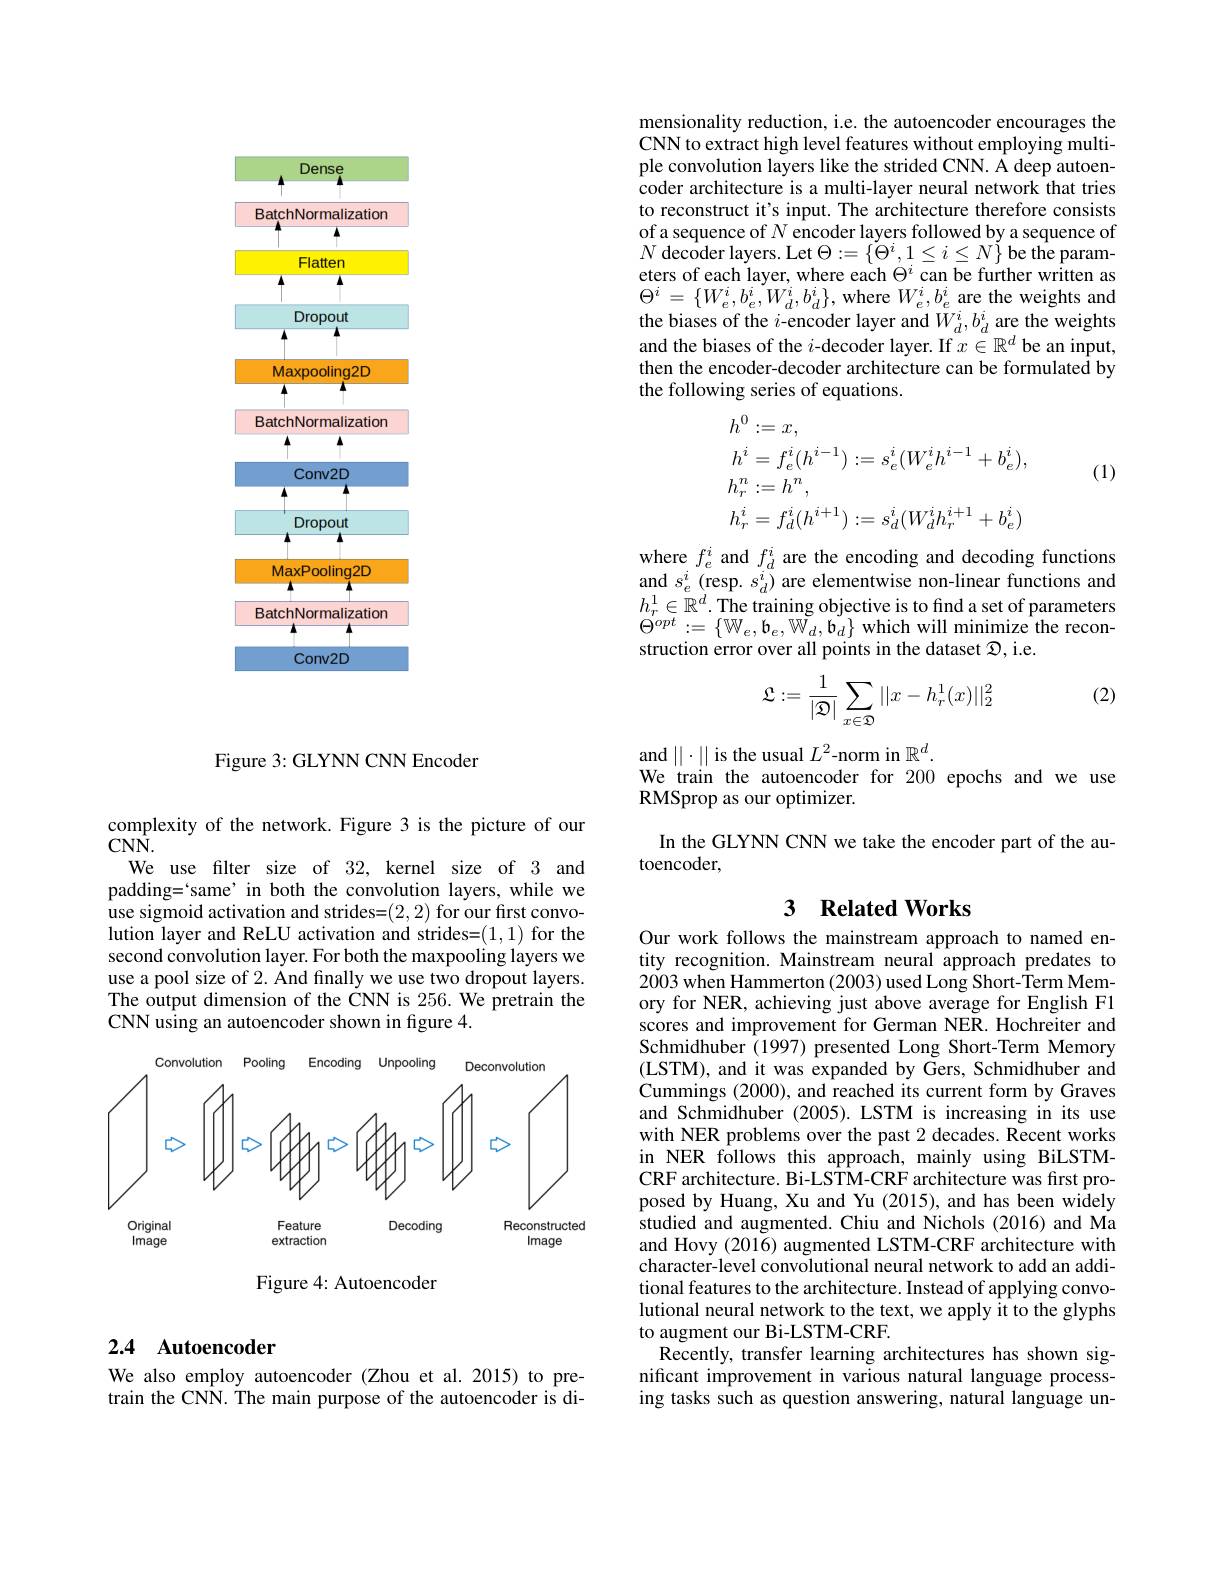
<FigureHere>

Figure 3: GLYNN CNN Encoder

complexity of the network. Figure 3 is the picture of our
$CN\hat{\mathbf{N}}.$
We use filter size of 32, kernel size of 3 and padding=`same’in both the convolution layers, while we use sigmoid activation and strides= ( 2, 2) for our first convo- use sigmoid activation and strides= ( 2, 2) for our first convolution layer and ReLU activation and strides=(1,1) for the second convolution layer. For both the maxpooling layers we use a pool size of 2. And finally we use two dropout layers. The output dimension of the CNN is 256. We pretrain the CNN using an autoencoder shown in figure 4.

<FigureHere>

Figure 4: Autoencoder

### 2.4 Autoencoder

We also employ autoencoder (Zhou et al.2015) to pretrain the CNN. The main purpose of the autoencoder is di-

mensionality reduction, i.e. the autoencoder encourages the CNN to extract high level features without employing multiple convolution layers like the strided CNN. A deep autoencoder architecture is a multi-layer neural network that tries to reconstruct it's input. The architecture therefore consists of a sequence of $N$ encoder layers followed by a sequence of $N{\mathrm{~decoder~layers.~Let~}\Theta:=\{\check{\Theta}^{i},1\leq i\leq N\}}$be the parameters of each layer, where each $\Theta^i$ can be further written as $\Theta^{i}=\{W_{e}^{i},b_{e}^{i},W_{d}^{i},b_{d}^{i}\}$,where $W_e^{i},b_{e}^{i}$ are the weights and the biases of the $i$-encoder layer and $\bar{W}_d^i,b_d^i$ are the weights and the biases of the $i$-decoder layer. If $x\in\mathbb{R}^d$ be an input, then the encoder-decoder architecture can be formulated by the following series of equations.

(1)
$$\begin{aligned}&h^{0}:=x,\\&h^{i}=f_{e}^{i}(h^{i-1}):=s_{e}^{i}(W_{e}^{i}h^{i-1}+b_{e}^{i}),\\&h_{r}^{n}:=h^{n},\\&h_{r}^{i}=f_{d}^{i}(h^{i+1}):=s_{d}^{i}(W_{d}^{i}h_{r}^{i+1}+b_{e}^{i})\end{aligned}$$
where $f_e^i$ and $f_d^i$ are the encoding and decoding functions and $s_e^i$ (resp. $s_d^i)$ are elementwise non-linear functions and $h_{r}^{1}\in\mathbb{R}^{d}.$The training objective is to find a set of parameters $\Theta^{opt}:=\{\mathbb{W}_{e},\mathbf{b}_{e},\mathbb{W}_{d},\mathbf{b}_{d}\}$which will minimize the reconstruction error over all points in the dataset $\mathcal{D}$,i.e.

(2)
$$\mathfrak{L}:=\frac{1}{|\mathfrak{D}|}\sum\limits_{x\in\mathfrak{D}}||x-h_r^1(x)||_2^2$$
and $||\cdot||$ is the usual $L^2$-norm in $\mathbb{R}^d.$
We train the autoencoder for 200 epochs and we use
RMSprop as our optimizer.
In the GLYNN CNN we take the encoder part of the au-
toencoder,

### 3 $\textbf{Related Works}$

Our work follows the mainstream approach to named entity recognition. Mainstream neural approach predates to 2003 when Hammerton (2003) used Long Short-Term Memory for NER, achieving just above average for English F1 scores and improvement for German NER. Hochreiter and Schmidhuber (1997) presented Long Short-Term Memory (LSTM), and it was expanded by Gers, Schmidhuber and Cummings (2000), and reached its current form by Graves and Schmidhuber (2005).LSTM is increasing in its use with NER problems over the past 2 decades. Recent works in NER follows this approach, mainly using BiLSTMCRF architecture. Bi-LSTM-CRF architecture was first proposed by Huang, Xu and Yu (2015), and has been widely studied and augmented. Chiu and Nichols (2016) and Ma and Hovy (2016) augmented LSTM-CRF architecture with character-level convolutional neural network to add an additional features to the architecture. Instead of applying convolutional neural network to the text, we apply it to the glyphs to augment our Bi-LSTM-CRF.
Recently, transfer learning architectures has shown significant improvement in various natural language processing tasks such as question answering, natural language un-